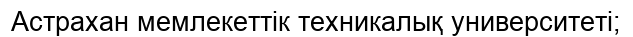
Астрахан мемлекеттік техникалық университеті;